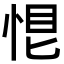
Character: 𢚉